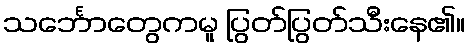
သင်္ဘောတွေကမူ ပြွတ်ပြွတ်သီးနေ၏။